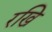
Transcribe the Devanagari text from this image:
रखि